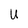
Character: U